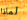
لماذا